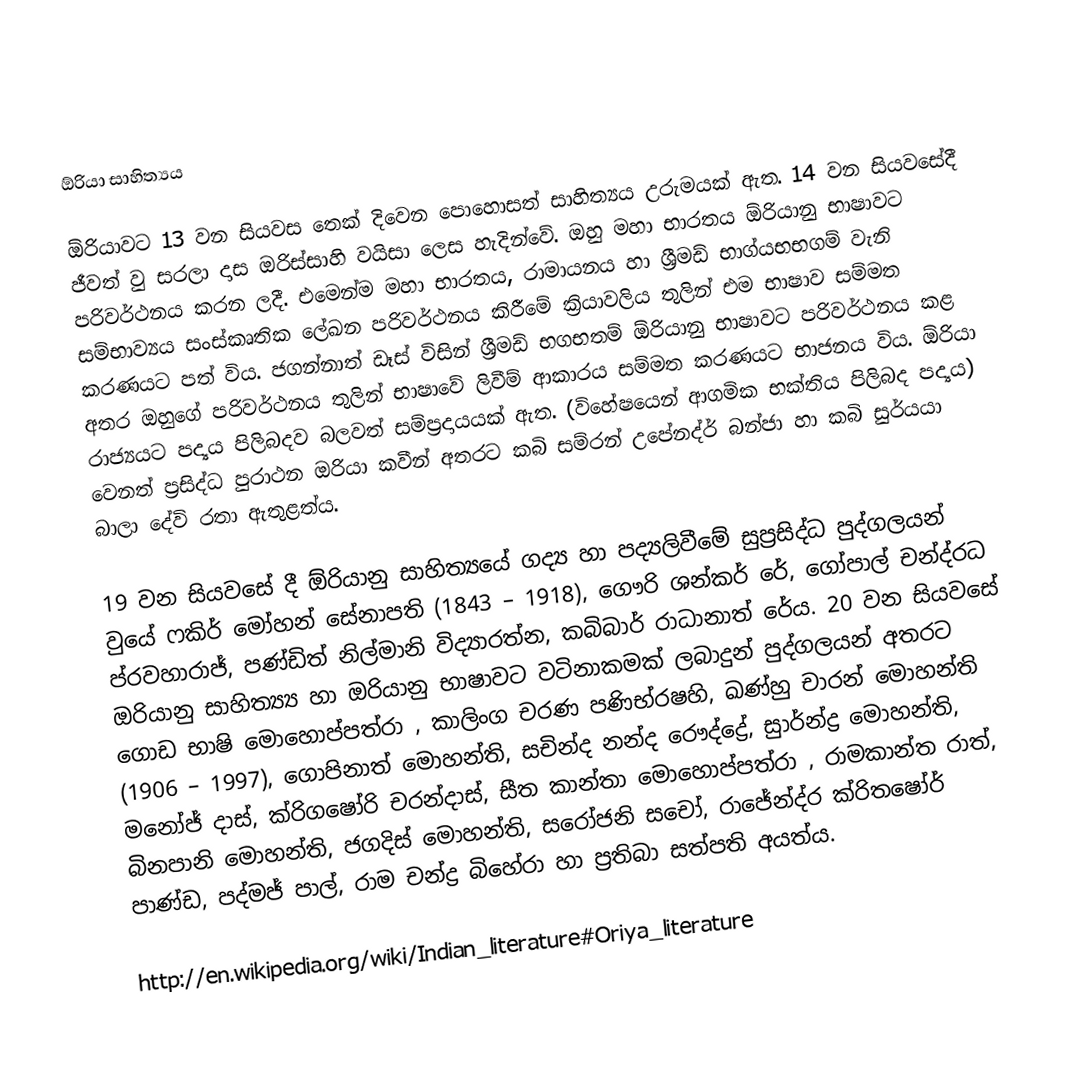

ඕරියා සාහිත්‍යය

ඕරියාවට 13 වන සියවස තෙක් දිවෙන පොහොසත් සාහිත්‍යය උරුමයක් ඇත. 14 වන සියවසේදී ජීවත් වු සරලා දාස ඔරිස්සාහි වයිසා ලෙස හැදින්වේ. ඔහු මහා භාරතය ඕරියානු භාෂාවට පරිවර්ථනය කරන ලදී. එමෙන්ම මහා භාරතය, රාමායනය හා ශ්‍රීමඩ්  භාග්යභභගම් වැනි සම්භාව්‍යය සංස්කෘතික ලේඛන පරිවර්ථනය කිරීමේ ක්‍රියාවලිය තුලින් එම භාෂාව සම්මත කරණයට පත් විය. ජගන්නාත් ඩෑස් විසින් ශ්‍රීමඩ්  භගභතම් ඕරියානු භාෂාවට පරිවර්ථනය කළ අතර ඔහුගේ පරිවර්ථනය තුලින් භාෂාවේ ලිවීම් ආකාරය සම්මත කරණයට භාජනය විය. ඕරියා රාජ්‍යයට පද්‍යය පිලිබදව බලවත් සම්ප්‍රදායයක් ඇත. (විහේෂයෙන් ආගමික භක්තිය පිලිබද පද්‍යය) වෙනත් ප්‍රසිද්ධ පුරාථන ඔරියා කවීන් අතරට කබි සම්රන් උපේනද්ර් බන්ජා හා කබි සුර්යයා බාලා දේවි රතා ඇතුළත්ය.

19 වන සියවසේ දී ඕරියානු සාහිත්‍යයේ ගද්‍ය හා පද්‍යලිවීමේ සුප්‍රසිද්ධ පුද්ගලයන් වුයේ ෆකිර් මෝහන් සේනාපති (1843 – 1918), ගෞරි ශන්කර් රේ, ගෝපාල් චන්ද්රධ ප්රවහාරාජ්, පණ්ඩිත් නිල්මානි විද්‍යාරත්න, කබිබාර් රාධානාත් රේය. 20 වන සියවසේ ඔරියානු සාහිත්‍ය්‍ය හා ඔරියානු භාෂාවට වටිනාකමක් ලබාදුන් පුද්ගලයන් අතරට ගොඩ භාෂි මොහොප්පත්රා , කාලිංග චරණ පණිභ්රෂහි, ඛණ්හු චාරන් මොහන්ති (1906 – 1997), ගොපිනාත් මොහන්ති, සචින්ද නන්ද රෞද්ද්‍රේ, සුාර්න්ද්‍ර මොහන්ති, මනෝජ් දාස්, ක්රිගෂෝරි චරන්දාස්, සීත කාන්තා මොහොප්පත්රා  , රාමකාන්ත රාත්, බිනපානි මොහන්ති, ජගදිස් මොහන්ති, සරෝජනි සචෝ, රාජේන්ද්ර  ක්රිතෂෝර් පාණ්ඩ, පද්මජ් පාල්, රාම චන්ද්‍ර බිහේරා හා ප්‍රතිබා සත්පති අයත්ය.

http://en.wikipedia.org/wiki/Indian_literature#Oriya_literature